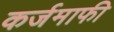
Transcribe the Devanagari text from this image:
कर्जमाफी